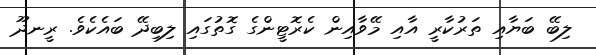
ލިބޭ ބަޔާއި ތަރުކާރީ އާއި މޭވާއިން ކެރޮޓީންގެ ގޮތުގައި ލިބިދޭ ބައެކެވެ. ރީނދޫ